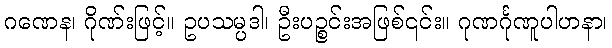
ဂဏေန၊ ဂိုဏ်းဖြင့်။ ဥပသမ္ပဒါ၊ ဦးပဉ္စင်းအဖြစ်၎င်း။ ဂုဏင်္ဂုဏူပါဟနာ၊